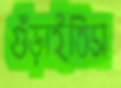
গুঁড়াইতিস